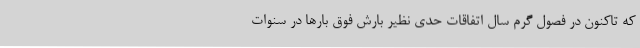
که تاکنون در فصول گرم سال اتفاقات حدی نظیر بارش فوق بارها در سنوات